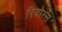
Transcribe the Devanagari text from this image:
रियोन्स